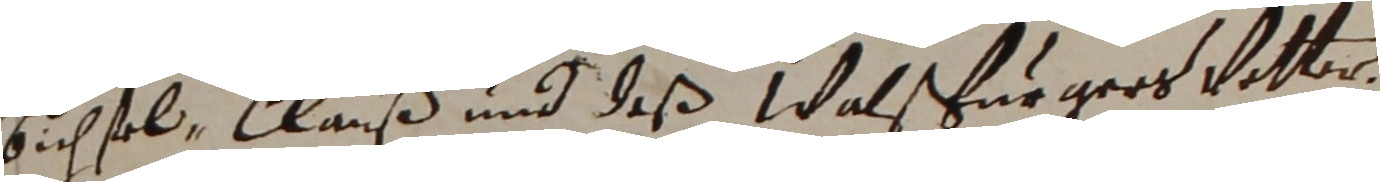
bichsel Clauß und deß Walsfurgers vatter